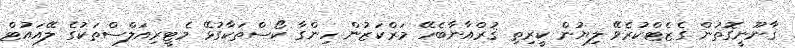
ޤާނޫނީގޮތުން ގެޒެޓްކުރެވޭ ލިޔުން ކީރިތި ޤުރްއާނާބެހޭ މަރްކަޒުން ހިންގާ ކޯސްތަކާގުޅޭ މެޓީރިއަލްސްތަކުގެ ލޭއައުޓް